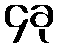
၄ခု